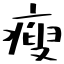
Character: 瘦